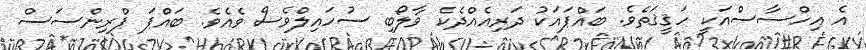
އެ އިހްސާސްއަކީ ހަޤީޤަތެވެ. ބައްޕައަކު ދަރިއެއްދެކެ ވާލޯބި ސުހައިލްވެސް ވެއެވެ. ބައްޕަ ޕްރިންސަސް